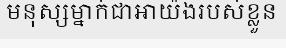
មនុស្សម្នាក់ជាអាយ៉ងរបស់ខ្លួន